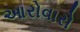
આરોવારો